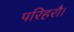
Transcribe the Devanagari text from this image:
परिहरौ।